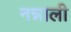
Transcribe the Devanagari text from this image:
नन्नाली